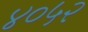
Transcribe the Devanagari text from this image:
४०५२